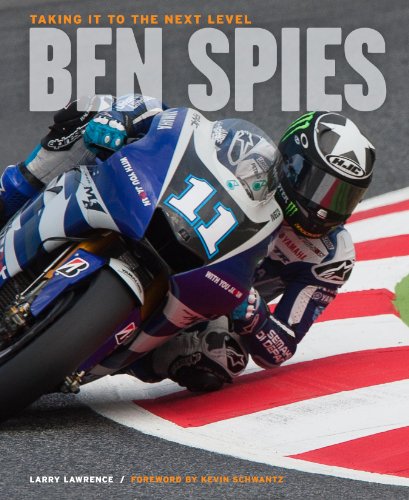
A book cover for Ben Spies: Taking It to the Next Level; Larry Lawrence; Sports & Outdoors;